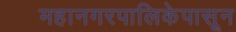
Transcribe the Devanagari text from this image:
महानगरपालिकेपासून